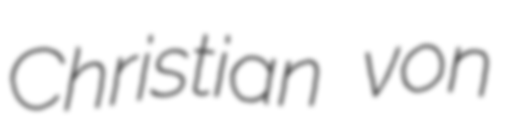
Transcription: Christian von